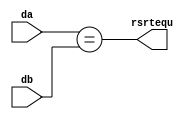
module equ(da, db, rsrtequ);
	input [31:0] da, db;
	output rsrtequ;
	
	assign rsrtequ = (da==db);
endmodule